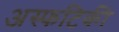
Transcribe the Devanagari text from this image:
अस्फटिकी